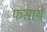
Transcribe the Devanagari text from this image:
फसाये